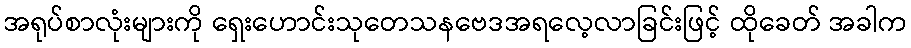
အရုပ်စာလုံးများကို ရှေးဟောင်းသုတေသနဗေဒအရလေ့လာခြင်းဖြင့် ထိုခေတ် အခါက